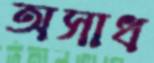
অসাধ